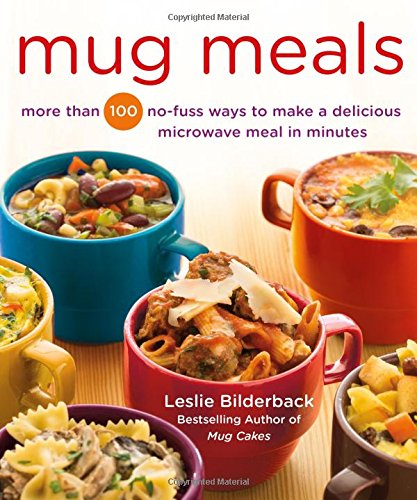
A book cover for Mug Meals: More Than 100 No-Fuss Ways to Make a Delicious Microwave Meal in Minutes; Leslie Bilderback; Cookbooks, Food & Wine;